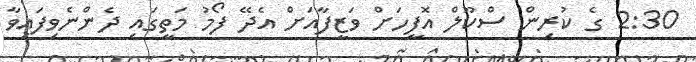
2:30 ގެ ކުރިން ސްކޫލް އޮފީހަށް ވަޒީފާއަށް އެދޭ ފޯމު މަތީގައި ދެންނެވިފައިވާ